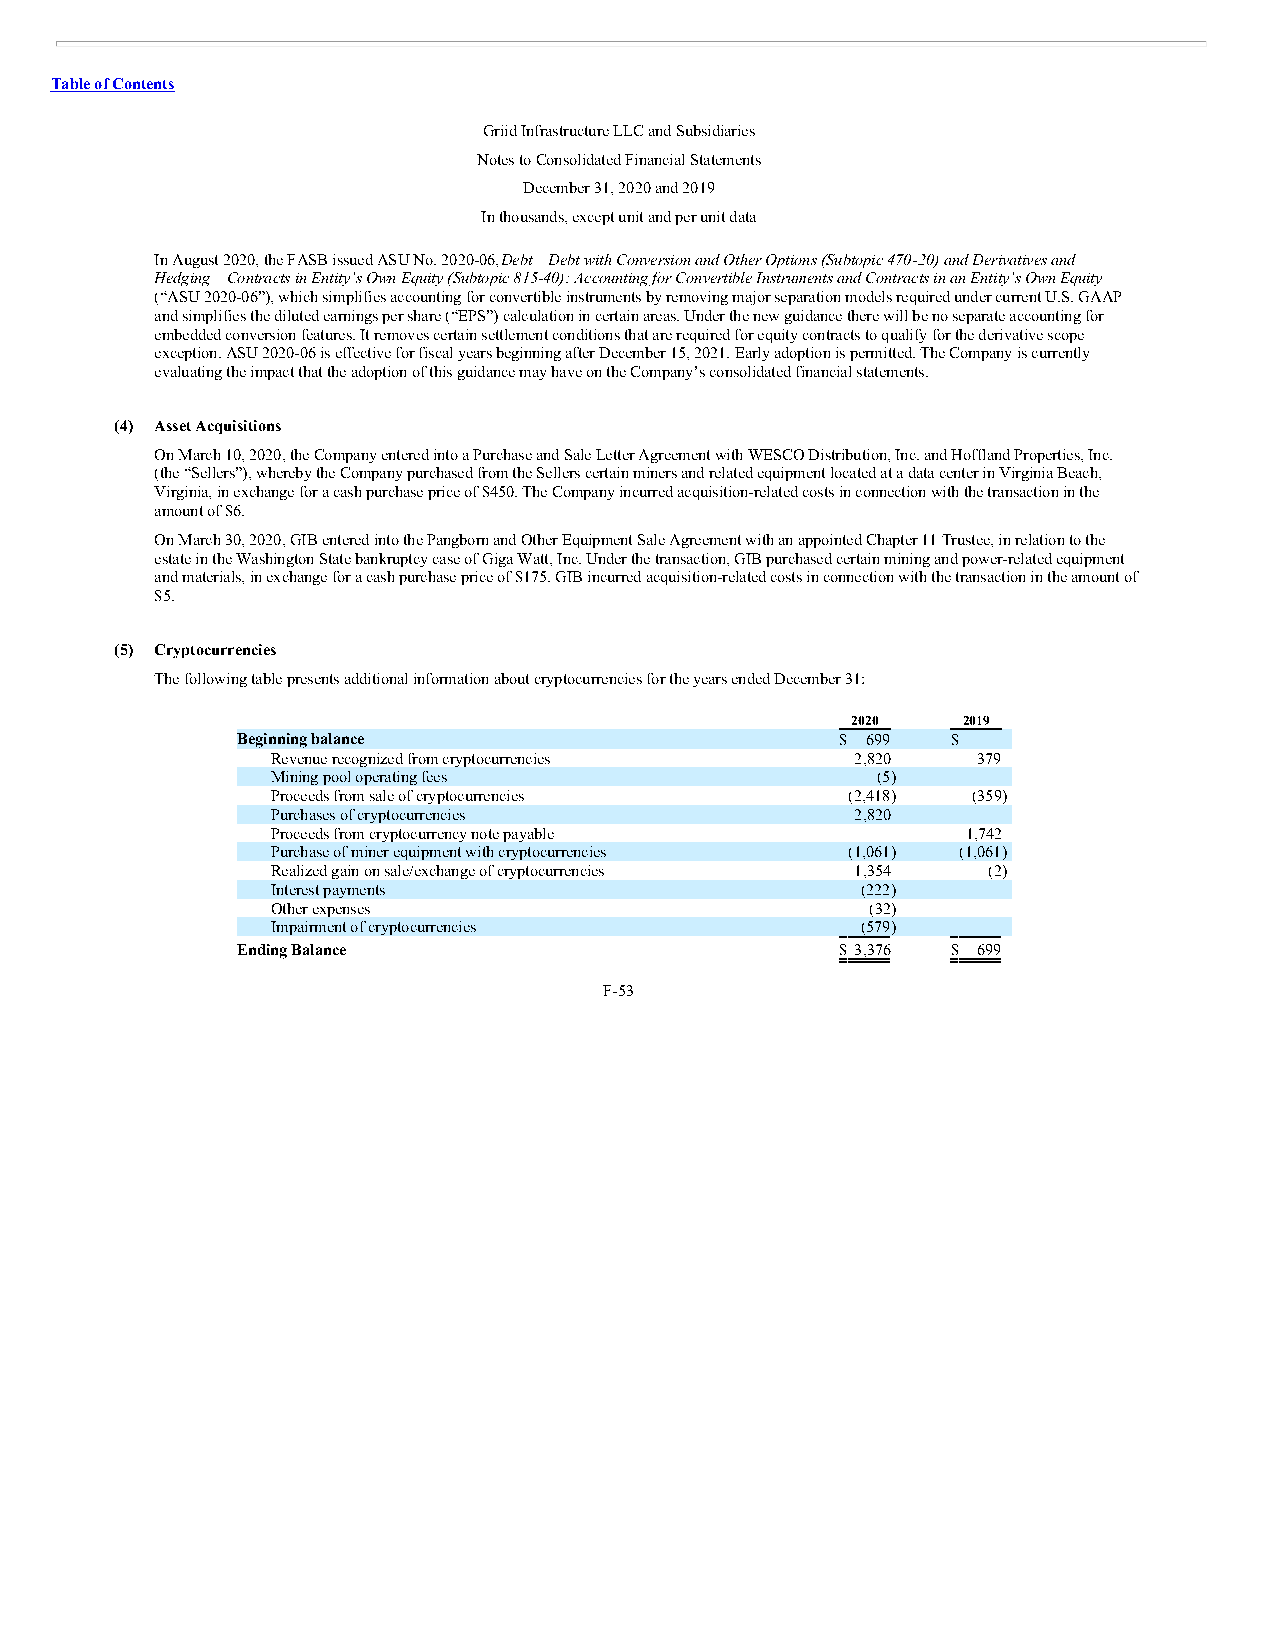
Table of Contents
 Griid Infrastructure LLC and Subsidiaries
 Notes to Consolidated Financial Statements
 December 31, 2020 and 2019
 In thousands, except unit and per unit data
 In August 2020, the FASB issued ASU No. 2020-06, Debt – Debt with Conversion and Other Options (Subtopic 470- 20) and Derivatives and
 Hedging – Contracts in Entity’s Own Equity (Subtopic 815-40): Accounting for Convertible Instruments and Contracts in an Entity’s Own Equity
 (“ASU 2020-06”), which simplifies accounting for convertible instruments by removing major separation models required under current U.S. GAAP
 and simplifies the diluted earnings per share (“EPS”) calculation in certain areas. Under the new guidance there will be no separate accounting for
 embedded conversion features. It removes certain settlement conditions that are required for equity contracts to qualify for the derivative scope
 exception. ASU 2020-06 is effective for fiscal years beginning after December 15, 2021. Early adoption is permitted. The Company is currently
 evaluating the impact that the adoption of this guidance may have on the Company’s consolidated financial statements.
 (4) Asset Acquisitions
 On March 10, 2020, the Company entered into a Purchase and Sale Letter Agreement with WESCO Distribution, Inc. and Hoffland Properties, Inc.
 (the “Sellers”), whereby the Company purchased from the Sellers certain miners and related equipment located at a data center in Virginia Beach,
 Virginia, in exchange for a cash purchase price of $450. The Company incurred acquisition-related costs in connection with the transaction in the
 amount of $6.
 On March 30, 2020, GIB entered into the Pangborn and Other Equipment Sale Agreement with an appointed Chapter 11 Trustee, in relation to the
 estate in the Washington State bankruptcy case of Giga Watt, Inc. Under the transaction, GIB purchased certain mining and power-related equipment
 and materials, in exchange for a cash purchase price of $175. GIB incurred acquisition-related costs in connection with the transaction in the amount of
 $5.
 (5) Cryptocurrencies
 The following table presents additional information about cryptocurrencies for the years ended December 31:
 2020    2019
 Beginning balance                       $ 699  $ —
 Revenue recognized from cryptocurrencies 2,820 379
 Mining pool operating fees              (5)    —
 Proceeds from sale of cryptocurrencies (2,418) (359)
 Purchases of cryptocurrencies          2,820   —
 Proceeds from cryptocurrency note payable —   1,742
 Purchase of miner equipment with cryptocurrencies (1,061) (1,061)
 Realized gain on sale/exchange of cryptocurrencies 1,354 (2)
 Interest payments                      (222)   —
 Other expenses                          (32)   —
 Impairment of cryptocurrencies         (579)   —
 Ending Balance                          $ 3,376 $ 699
 F-53